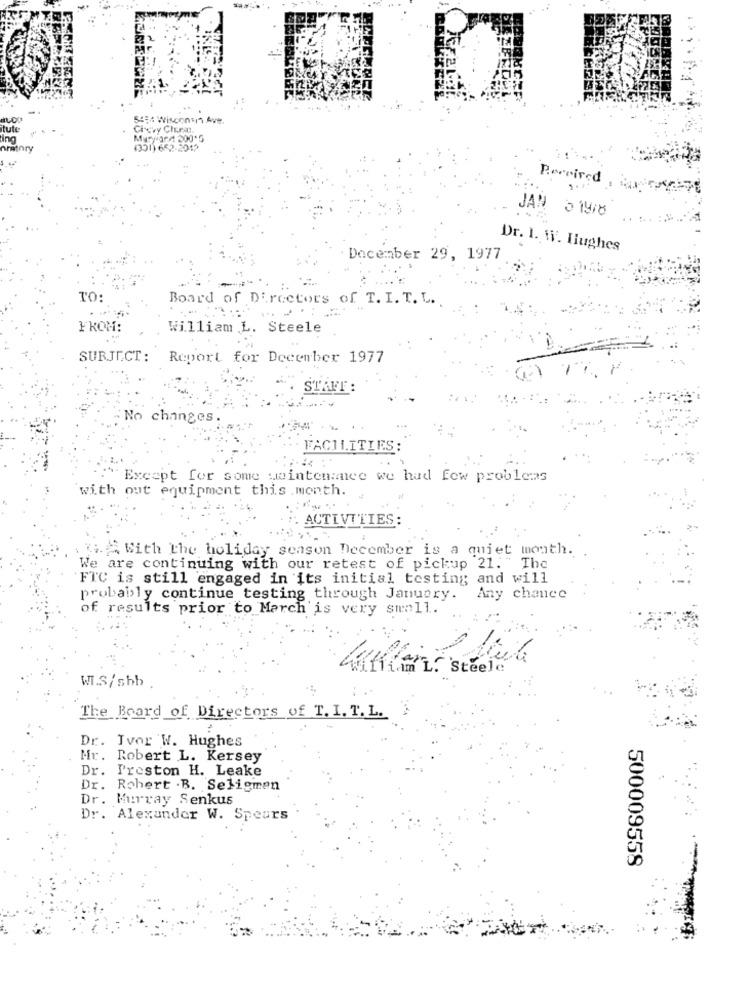
54:4 Wisconsin Ave.
itute
Menard 300*5
nratory
(301) 652-2012
Percired
JAN 5 1918
Dr. I. W. Hughes
December 29, 1977
TO:
Board of Directors of T. I. T. C.
FROM:
William L. Steele
SUBJECT :
Report for December 1977
STAUT :
No changes.
FACILITIES
Except for some wintenance we had few problems
with out equipment this month.
:: ACTIVITIES:
& With The holiday season December is a quiet mouth.
We are continuing with our retest of pickup 21. " The
FTC is still engaged in its initial testing and will
probably continue testing through January. Any chance
of results prior to March is very small.
KCAL. Steele
WI.S/ sbb
The Board of Directors of T. I. T. L.
Dr. Ivor W. Hughes
Mr. Robert L. Kersey
Dr. Preston H. Leake
Dr. Robert .B. Seligmen
Dr. Murray Senkus
Dr. Alexander W. Speurs
500009558